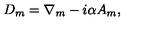
D _ { m } = \nabla _ { m } - i \alpha A _ { m } ,